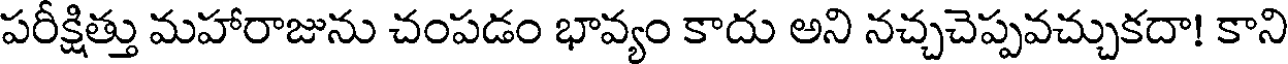
పరీక్షిత్తు మహారాజును చంపడం భావ్యం కాదు అని నచ్చచెప్పవచ్చుకదా! కాని